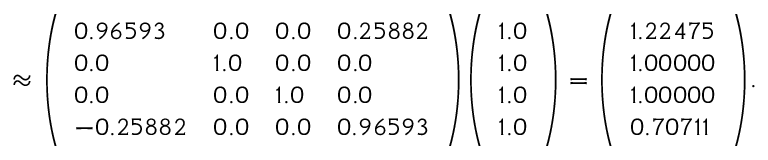
\approx { \left( \begin{array} { l l l l } { 0 . 9 6 5 9 3 } & { 0 . 0 } & { 0 . 0 } & { 0 . 2 5 8 8 2 } \\ { 0 . 0 } & { 1 . 0 } & { 0 . 0 } & { 0 . 0 } \\ { 0 . 0 } & { 0 . 0 } & { 1 . 0 } & { 0 . 0 } \\ { - 0 . 2 5 8 8 2 } & { 0 . 0 } & { 0 . 0 } & { 0 . 9 6 5 9 3 } \end{array} \right) } { \left( \begin{array} { l } { 1 . 0 } \\ { 1 . 0 } \\ { 1 . 0 } \\ { 1 . 0 } \end{array} \right) } = { \left( \begin{array} { l } { 1 . 2 2 4 7 5 } \\ { 1 . 0 0 0 0 0 } \\ { 1 . 0 0 0 0 0 } \\ { 0 . 7 0 7 1 1 } \end{array} \right) } .